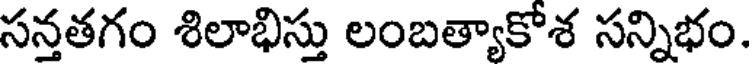
సన్తతగం శిలాభిస్తు లంబత్యాకోశ సన్నిభం.